Report of the Indian Hemp Drugs Commission, 1894-1895 - Volume VII
Year: 1894
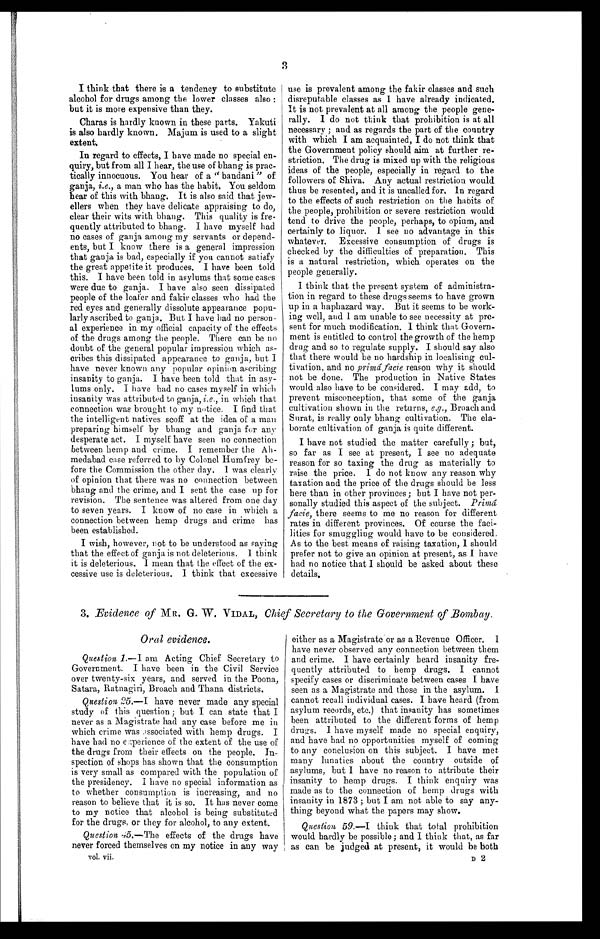
3
I think that there is a tendency to substitute
alcohol for drugs among the lower classes also:
but it is more expensive than they.
Charas is hardly known in these parts. Yakuti
is also hardly known. Majum is used to a slight
extent.
In regard to effects, I have made no special en-
-quiry, but from all I hear, the use of bhang is prac--
tically innocuous. You hear of a "bandani" of
ganja, i.e., a man who has the habit. You seldom
hear of this with bhang. It is also said that jew-
- e l l e r s w h e n t h e y h a v e d e l i c a t e a p p r a i s i n g t o d o ,
clear their wits with bhang. This quality is fre-
- q u e n t l y a t t r i b u t e d t o b h a n g . I h a v e m y s e l f h a d
no cases of ganja among my servants or depend--
ents, but I know there is a general impression
that ganja is bad, especially if you cannot satisfy
the great appetite it produces. I have been told
this. I have been told in asylums that some cases
were due to ganja. I have also seen dissipated
people of the loafer and fakir classes who had the
red eyes and generally dissolute appearance popu--
larly ascribed to ganja. But I have had no person--
al experience in my official capacity of the effects
of the drugs among the people. There can be no
doubt of the general popular impression which as-
-cribes this dissipated appearance to ganja, but I
have never known any popular opinion ascribing
insanity to ganja. I have been told that in asy--
lums only. I have had no cases myself in which
insanity was attributed to ganja, i.e ., in which that
connection was brought to my notice. I find that
the intelligent natives scoff at the idea of a man
preparing himself by bhang and ganja for any
desperate act. I myself have seen no connection
between hemp and crime. I remember the Ah--
medabad case referred to by Colonel Humfrey be--
fore the Commission the other day. I was clearly
of opinion that there was no connection between
bhang and the crime, and I sent the case up for
revision. The sentence was altered from one day
to seven years. I know of no case in which a
connection between hemp drugs and crime has
been established.
I wish, however, not to be understood as saying
that the effect of ganja is not deleterious. I think
it is deleterious. I mean that the effect of the ex--
cessive use is deleterious. I think that excessive
use is prevalent among the fakir classes and such
disreputable classes as I have already indicated.
It is not prevalent at all among the people gene--
rally. I do not think that prohibition is at all
necessary; and as regards the part of the country
with which I am acquainted, I do not think that
the Government policy should aim at further re--
striction. The drug is mixed up with the religious
ideas of the people, especially in regard to the
followers of Shiva. Any actual restriction would
thus be resented, and it is uncalled for. In regard
to the effects of such restriction on the habits of
the people, prohibition or severe restriction would
tend to drive the people, perhaps, to opium, and
certainly to liquor. I see no advantage in this
whatever. Excessive consumption of drugs is
checked by the difficulties of preparation. This
is a natural restriction, which operates on the
people generally.
I think that the present system of administra-
tion in regard to these drugs seems to have grown
up in a haphazard way. But it seems to be work--
ing well, and I am unable to see necessity at pre--
sent for much modification. I think that Govern--
ment is entitled to control the growth of the hemp
drug and so to regulate supply. I should say also
that there would be no hardship in localising cul--
tivation, and no primâ facie reason why it should
not be done. The production in Native States
would also have to be considered. I may add, to
prevent misconception, that some of the ganja
cultivation shown in the returns, e.g ., Broach and
Surat, is really only bhang cultivation. The ela--
borate cultivation of ganja is quite different.
I have not studied the matter carefully; but,
so far as I see at present, I see no adequate
reason for so taxing the drug as materially to
raise the price. I do not know any reason why
taxation and the price of the drugs should be less
here than in other provinces; but I have not per--
sonally studied this aspect of the subject. Primâ
facie, there seems to me no reason for different
rates in different provinces. Of course the faci-
-lities for smuggling would have to be considered.
As to the best means of raising taxation, I should
prefer not to give an opinion at present, as I have
had no notice that I should be asked about these
details.
3 . Evidence of MR. G. W. VIDAL, Chief Secretary to the Government of Bombay.
Government. I have been in the Civil Service
over twenty-six years, and served in the Poona,
Satara, Ratnagiri, Broach and Thana districts.
Question 25. – 1 h a v e n e v e r m a d e a n y s p e c i a l
study of this question; but I can state that I
never as a Magistrate had any case before me in
which crime was associated with hemp drugs. I
have had no experience of the extent of the use of
the drugs from their effects on the people. In--
spection of shops has shown that the consumption
is very small as compared with the population of
the presidency. I have no special information as
to whether consumption is increasing, and no
reason to believe that it is so. It has never come
to my notice that alcohol is being substituted
for the drugs, or they for alcohol, to any extent.
Question 45.—The effects of the drugs have
never forced themselves on my notice in any way
vol. vii.
either as a Magistrate or as a Revenue Officer. I
have never observed any connection between them
and crime. I have certainly heard insanity fre-
- q u e n t l y a t t r i b u t e d t o h e m p d r u g s . I c a n n o t
specify cases or discriminate between cases I have
seen as a Magistrate and those in the asylum. I
cannot recall individual cases. I have heard (from
asylum records, etc.) that insanity has sometimes
been attributed to the different forms of hemp
drugs. I have myself made no special enquiry,
and have had no opportunities myself of coming
to any conclusion on this subject. I have met
many lunatics about the country outside of
asylums, but I have no reason to attribute their
insanity to hemp drugs. I think enquiry was
made as to the connection of hemp drugs with
insanity in 1873 ; but I am not able to say any-
- t h i n g b e y o n d w h a t t h e p a p e r s m a y s h o w .
Question 59 .–I think that total prohibition
would hardly be possible; and I think that, as far
as can be judged at present, it would be both
D 2